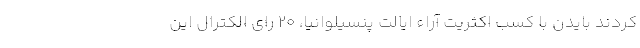
کردند بایدن با کسب اکثریت آراء ایالت پنسیلوانیا، ۲۰ رای الکترال این